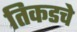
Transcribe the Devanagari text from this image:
तिकडचे